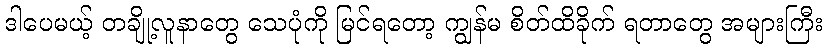
ဒါပေမယ့် တချို့လူနာတွေ သေပုံကို မြင်ရတော့ ကျွန်မ စိတ်ထိခိုက် ရတာတွေ အများကြီး